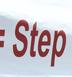
step